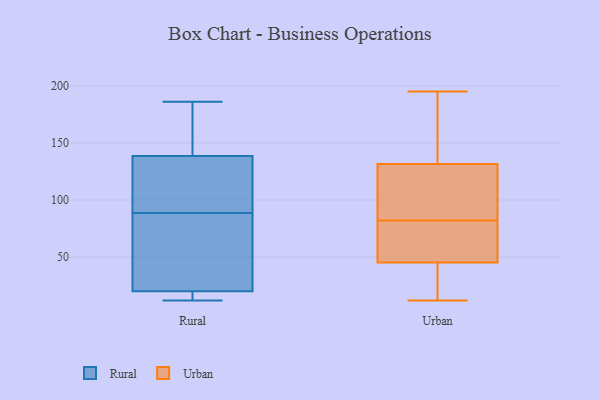
{"axis": {"x": "Conversion Rate (%)", "y": "Value"}, "legend": ["Rural", "Urban"], "data": [{"x": "", "y": 20, "type": "Rural"}, {"x": "", "y": 138, "type": "Rural"}, {"x": "", "y": 71, "type": "Rural"}, {"x": "", "y": 139, "type": "Rural"}, {"x": "", "y": 12, "type": "Rural"}, {"x": "", "y": 186, "type": "Rural"}, {"x": "", "y": 85, "type": "Rural"}, {"x": "", "y": 20, "type": "Rural"}, {"x": "", "y": 14, "type": "Rural"}, {"x": "", "y": 113, "type": "Rural"}, {"x": "", "y": 140, "type": "Rural"}, {"x": "", "y": 92, "type": "Rural"}, {"x": "", "y": 55, "type": "Urban"}, {"x": "", "y": 12, "type": "Urban"}, {"x": "", "y": 23, "type": "Urban"}, {"x": "", "y": 140, "type": "Urban"}, {"x": "", "y": 82, "type": "Urban"}, {"x": "", "y": 133, "type": "Urban"}, {"x": "", "y": 98, "type": "Urban"}, {"x": "", "y": 89, "type": "Urban"}, {"x": "", "y": 18, "type": "Urban"}, {"x": "", "y": 58, "type": "Urban"}, {"x": "", "y": 28, "type": "Urban"}, {"x": "", "y": 42, "type": "Urban"}, {"x": "", "y": 78, "type": "Urban"}, {"x": "", "y": 99, "type": "Urban"}, {"x": "", "y": 61, "type": "Urban"}, {"x": "", "y": 158, "type": "Urban"}, {"x": "", "y": 195, "type": "Urban"}, {"x": "", "y": 147, "type": "Urban"}, {"x": "", "y": 127, "type": "Urban"}]}